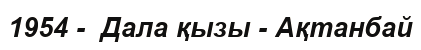
1954 -  Дала қызы - Ақтанбай